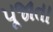
પૂજાતા